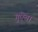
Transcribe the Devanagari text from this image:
गुऐबा